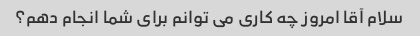
سلام آقا امروز چه کاری می توانم برای شما انجام دهم؟